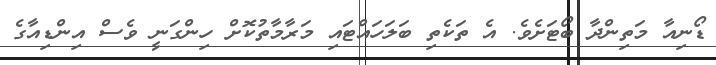
ޑޯނިއާ މަތިންދާ ބޯޓަށެވެ. އެ ތަކެތި ބަލަހައްޓައި މަރާމާތުކޮށް ހިންގަނީ ވެސް އިންޑިއާގެ